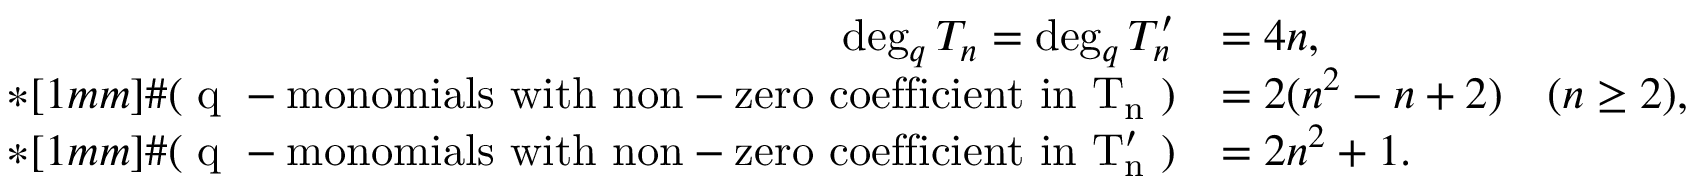
\begin{array} { r l } { \deg _ { q } T _ { n } = \deg _ { q } T _ { n } ^ { \prime } } & { = 4 n , } \\ { * [ 1 m m ] \# \mathrm { ( ~ q ~ - m o n o m i a l s ~ w i t h ~ n o n - z e r o ~ c o e f f i c i e n t ~ i n ~ T _ n ~ ) } } & { = 2 ( n ^ { 2 } - n + 2 ) \quad ( n \geq 2 ) , } \\ { * [ 1 m m ] \# \mathrm { ( ~ q ~ - m o n o m i a l s ~ w i t h ~ n o n - z e r o ~ c o e f f i c i e n t ~ i n ~ T _ n ' ~ ) } } & { = 2 n ^ { 2 } + 1 . } \end{array}